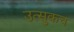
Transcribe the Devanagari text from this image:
उत्सुकच